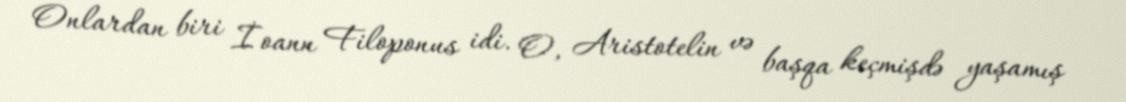
Onlardan biri İoann Filoponus idi. O, Aristotelin və başqa keçmişdə yaşamış